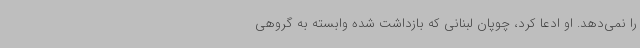
را نمی‌دهد. او ادعا کرد، چوپان لبنانی که بازداشت شده وابسته به گروهی